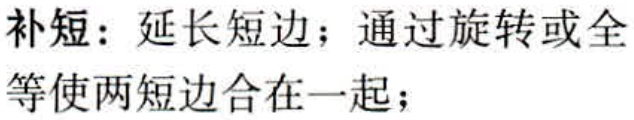
补短：延长短边；通过旋转或全等使两短边合在一起；